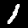
Digit: 1